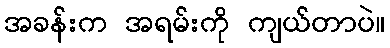
အခန်းက အရမ်းကို ကျယ်တာပဲ။